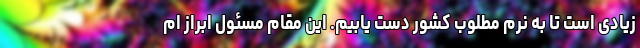
زیادی است تا به نرم مطلوب کشور دست یابیم. این مقام مسئول ابراز ام